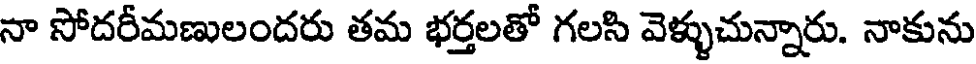
నా సోదరీమణులందరు తమ భర్తలతో గలసి వెళ్ళుచున్నారు. నాకును